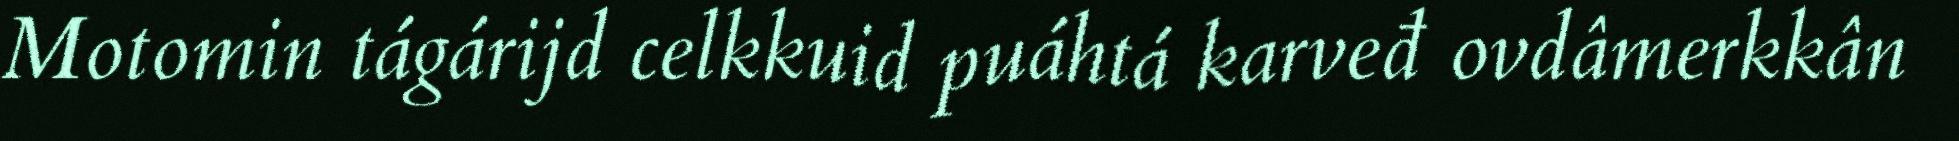
Motomin tágárijd celkkuid puáhtá karveđ ovdâmerkkân